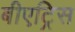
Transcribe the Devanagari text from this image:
बीएट्रिस